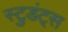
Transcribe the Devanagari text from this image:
स्टुडंट्‌स